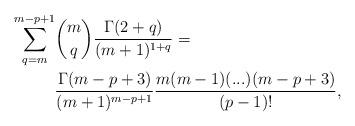
LaTeX: \begin{align*}\sum_{q=m}^{m-p+1}&{m\choose q}\frac{\Gamma(2+q)}{(m+1)^{1+q}}=\\&\frac{\Gamma(m-p+3)}{(m+1)^{m-p+1}}\frac{m(m-1)(...)(m-p+3)}{(p-1)!},\end{align*}